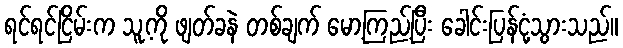
ရင်ရင်ငြိမ်းက သူ့ကို ဖျတ်ခနဲ တစ်ချက် မော့ကြည့်ပြီး ခေါင်းပြန်ငုံ့သွားသည်။